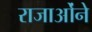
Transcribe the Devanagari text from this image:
राजाओंने